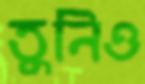
তুনিও